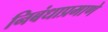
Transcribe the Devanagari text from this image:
निबंधाप्रमाणे